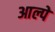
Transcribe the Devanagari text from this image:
आल्पे